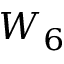
W _ { 6 }